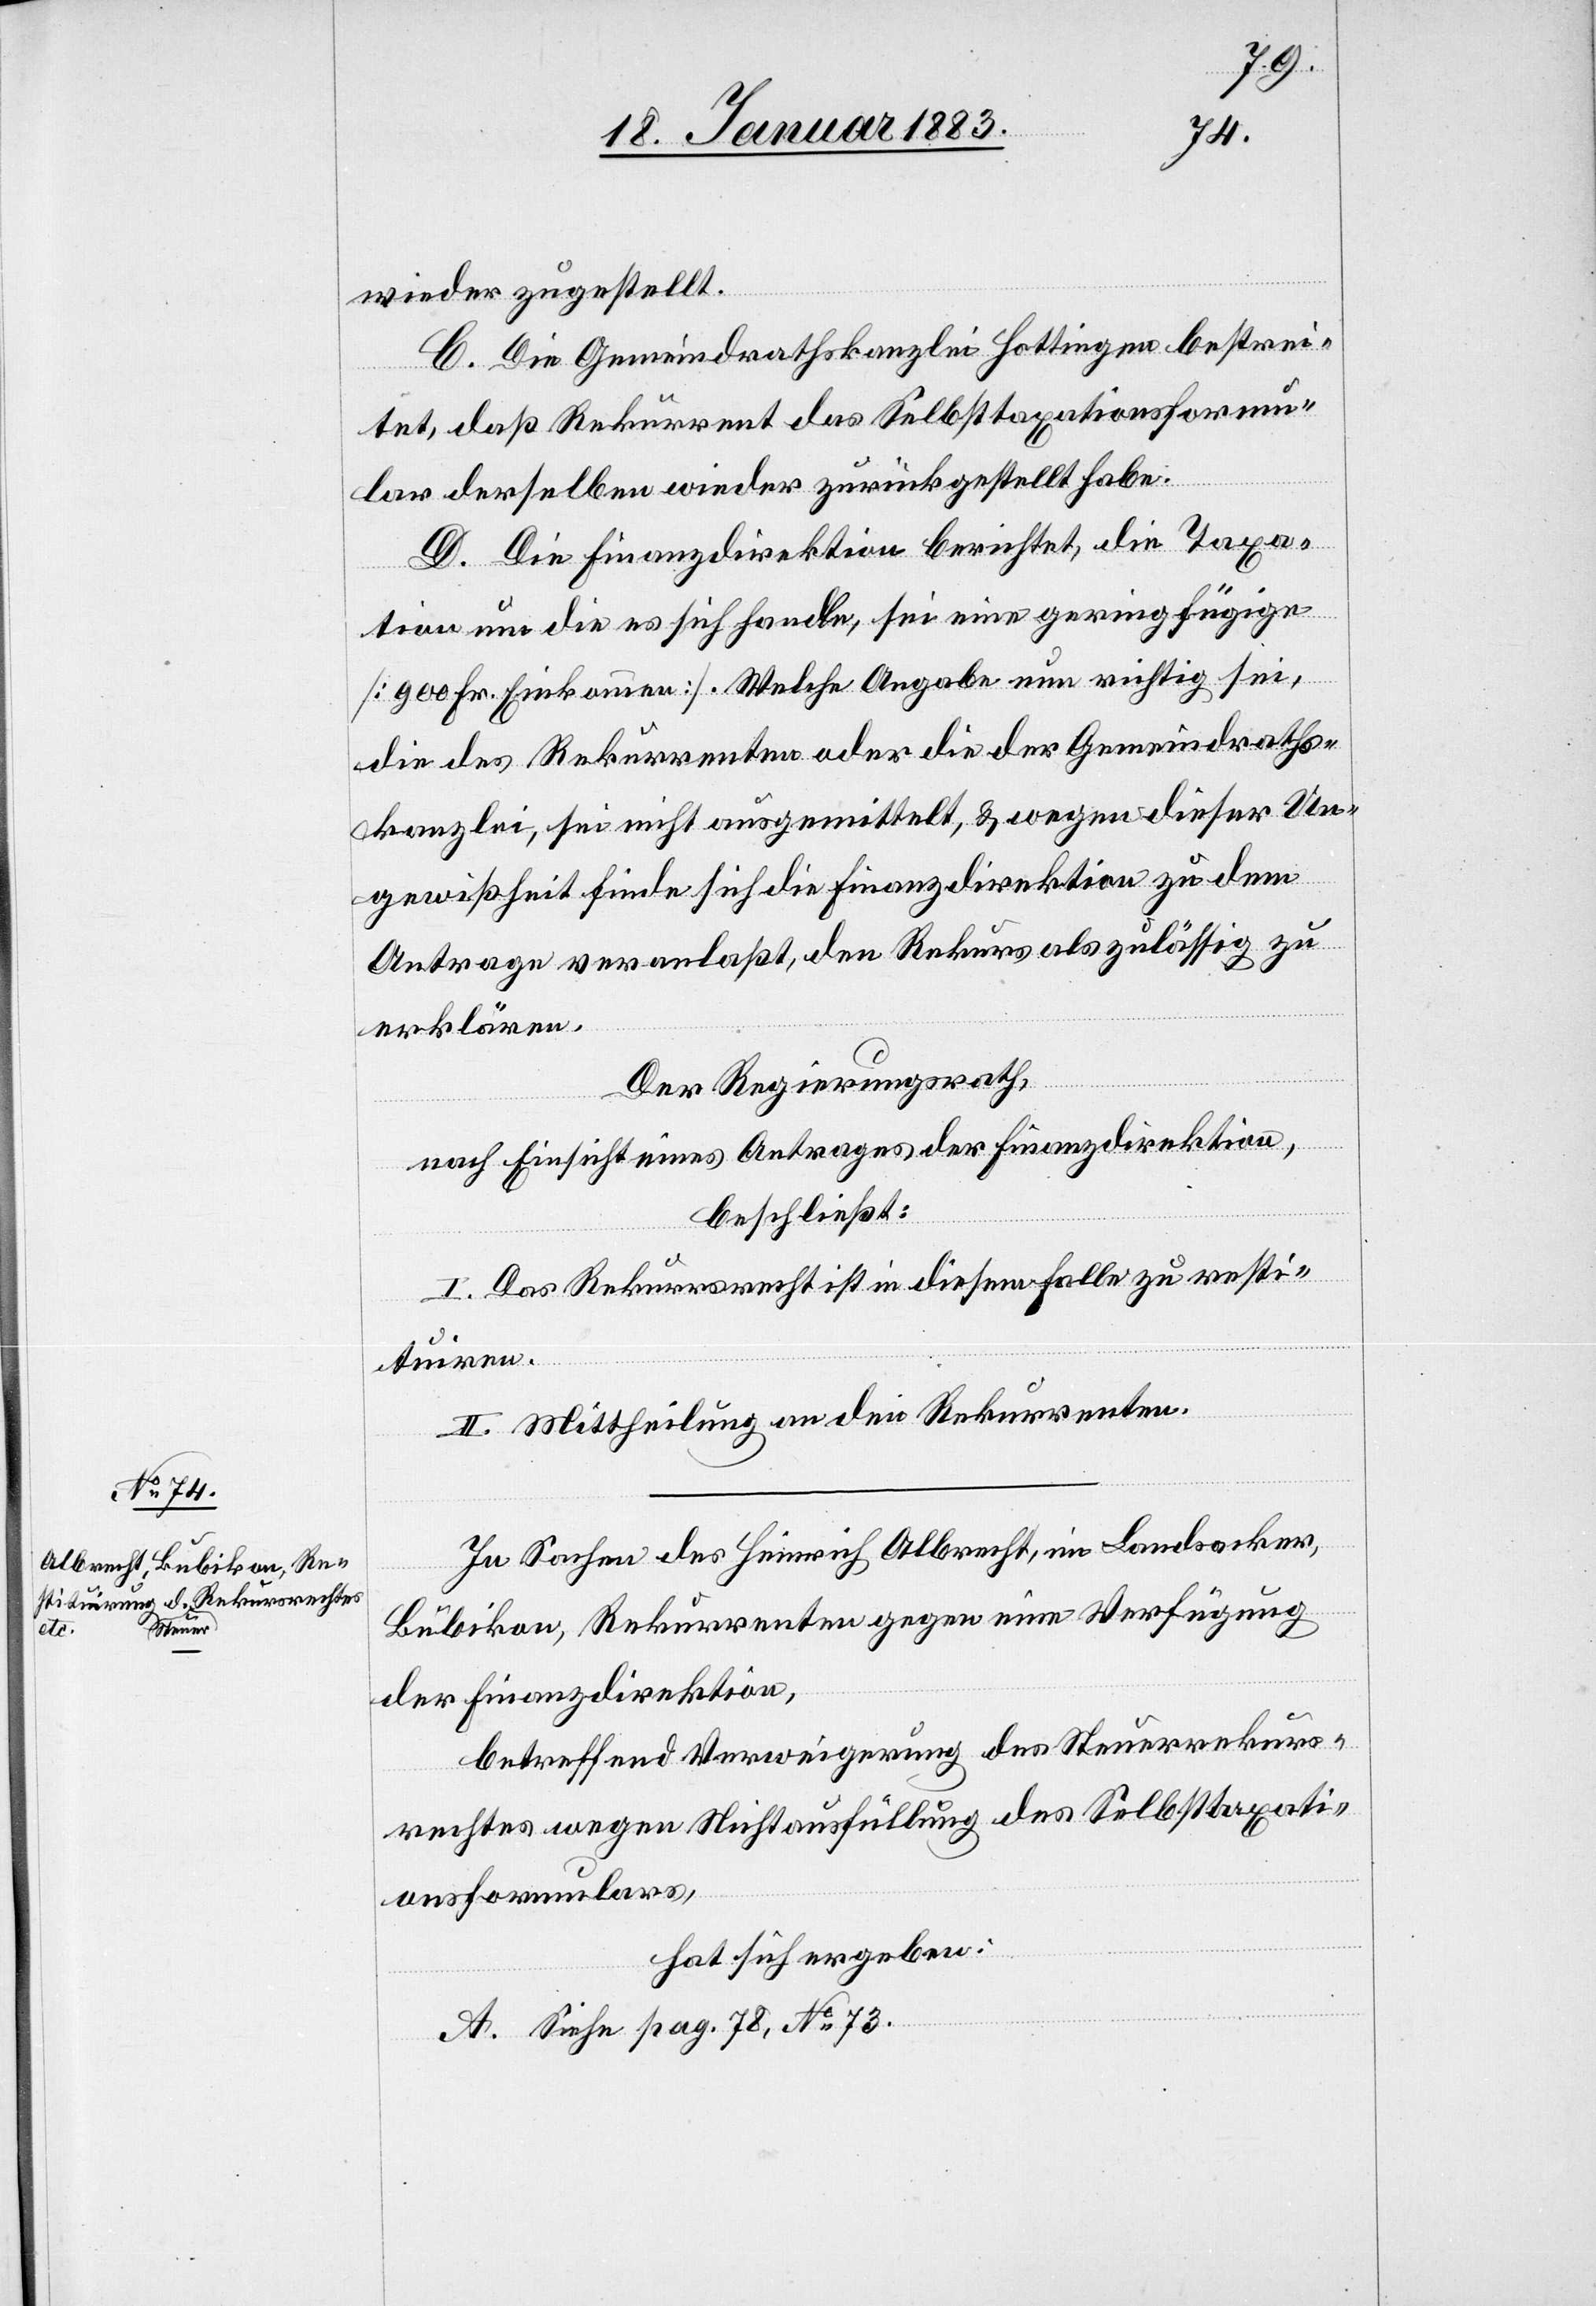
wieder zugestellt.
C. Die Gemeindrathskanzlei Hottingen bestrei¬
tet, daß Rekurrent das Selbsttaxationsformu¬
lar derselben wieder zurückgestellt habe.
D. Die Finanzdirektion berichtet, die Taxa¬
tion um die es sich handle, sei eine geringfügige
[900 Fr. Einkommen]. Welche Angabe nun richtig sei,
die des Rekurrenten oder die der Gemeindraths¬
kanzlei, sei nicht ausgemittelt, & wegen dieser Un¬
gewißheit finde sich die Finanzdirektion zu dem
Antrage veranlaßt, den Rekurs als zulässig zu
erklären.
Der Regierungsrath,
nach Einsicht eines Antrages der Finanzdirektion,
beschließt:
I. Das Rekursrecht ist in diesem Falle zu resti¬
tuiren.
II. Mittheilung an den Rekurrenten.
In Sachen des Heinrich Albrecht, im Landacker,
Bubikon, Rekurrenten gegen eine Verfügung
der Finanzdirektion,
betreffend Verweigerung des Steuerrekurs¬
rechtes wegen Nichtausfüllung des Selbsttaxati¬
onsformulars,
hat sich ergeben:
A. Siehe pag. 78, No 73.